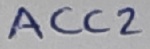
Text: ACC2